Vaccine operations Central Provinces & Berar 1912-1920 - 1912-1920
Year: 1912
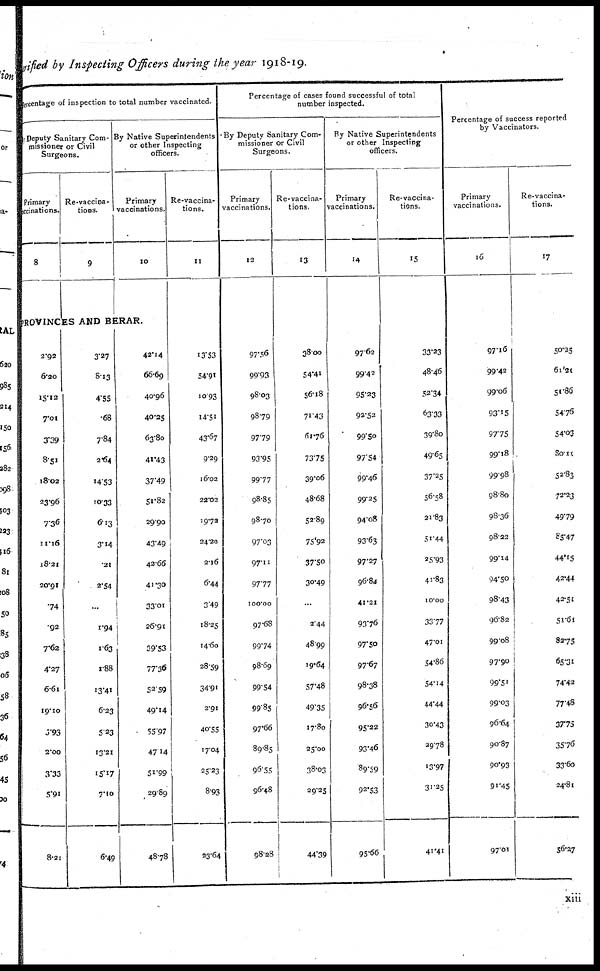
verified by Inspecting Officers during the year 1918-19.
Percentage of inspection to total number vaccinated.
By Deputy Sanitary Com-
missioner or Civil
Surgeons.
Primary
vaccinations.
8
Re-vaccina-
tions.
9
By Native Superintendents
or other Inspecting
officers.
Primary
vaccinations.
10
PROVINCES AND BERAR.
2.92
6.20
15.12
7.01
3.39
8.51
18.02
23.96
7.36
11.16
18.21
20.91
.74
.92
7.62
4.27
6.61
19.10
5.93
2.00
3.33
5.91
8.21
3.27
8.13
4.55
.68
7.84
2.64
14.53
10.33
6.13
3.14
.21
2.54
...
1.94
1.63
1.88
13.41
6.23
5.23
13.21
15.17
7.10
6.49
42.14
66.69
40.96
40.25
63.80
41.43
37.49
51.82
29.90
43.49
42.66
41.30
33.01
26.91
39.53
77.36
52.59
49.14
55.97
47.14
51.99
29.89
48.78
Re-vaccina-
tions.
11
13.53
54.91
10.93
14.51
43.67
9.29
16.02
22.02
19.72
24.20
2.16
6.44
3.49
18.25
14.60
28.59
34.91
2.91
40.55
17.04
25.23
8.93
23.64
Percentage of cases found successful of total
number inspected.
By Deputy Sanitary Com-
missioner or Civil
Surgeons.
Primary
vaccinations.
12
97.56
99.93
98.03
98.79
97.79
93.95
99.77
98.85
98.70
97.03
97.11
97.77
100.00
97.68
99.74
98.69
99.54
99.85
97.66
89.85
96.55
96.48
98.28
Re-vaccina-
tions.
13
38.00
54.41
56.18
71.43
61.76
73.75
39.06
48.68
52.89
75.92
37.50
30.49
...
2.44
48.99
19.64
57.48
49.35
17.80
25.00
38.03
29.25
44.39
By Native Superintendents
or other Inspecting
officers.
Primary
vaccinations.
14
97.62
99.42
95.23
92.52
99.50
97.54
99.46
99.25
94.08
93.63
97.27
96.84
41.21
93.76
97.50
97.67
98.38
96.56
95.22
93.46
89.59
92.53
95.66
Re-vaccina-
tions.
15
33.23
48.46
52.34
63.33
39.80
49.65
37.25
56.58
21.83
51.44
25.93
41.83
10.00
33.77
47.01
54.86
54.14
44.44
30.43
29.78
13.97
31.25
41.41
Percentage of success reported
by Vaccinators.
Primary
vaccinations.
16
97.16
99.42
99.06
93.15
97.75
99.18
99.98
98.80
98.36
98.22
99.14
94.50
98.43
96.82
99.08
97.90
99.51
99.03
96.64
90.87
90.93
91.45
97.01
Re-vaccina-
tions.
17
50.25
61.21
51.86
54.76
54.03
80.11
52.83
72.23
49.79
85.47
44.15
42.44
42.51
51.61
82.75
65.31
74.42
77.48
37.78
35.76
33.60
24.81
56.27
xiii